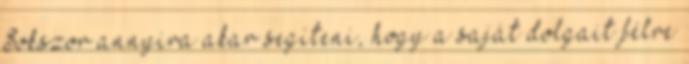
Sokszor annyira akar segíteni, hogy a saját dolgait félre